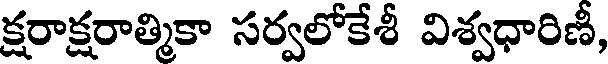
క్షరాక్షరాత్మికా సర్వలోకేశీ విశ్వధారిణీ,